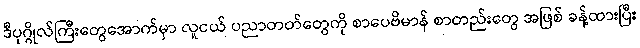
ဒီပုဂ္ဂိုလ်ကြီးတွေအောက်မှာ လူငယ် ပညာတတ်တွေကို စာပေဗိမာန် စာတည်းတွေ အဖြစ် ခန့်ထားပြီး